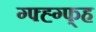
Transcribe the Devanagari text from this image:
ग्फ्ह्ग्फ्ह